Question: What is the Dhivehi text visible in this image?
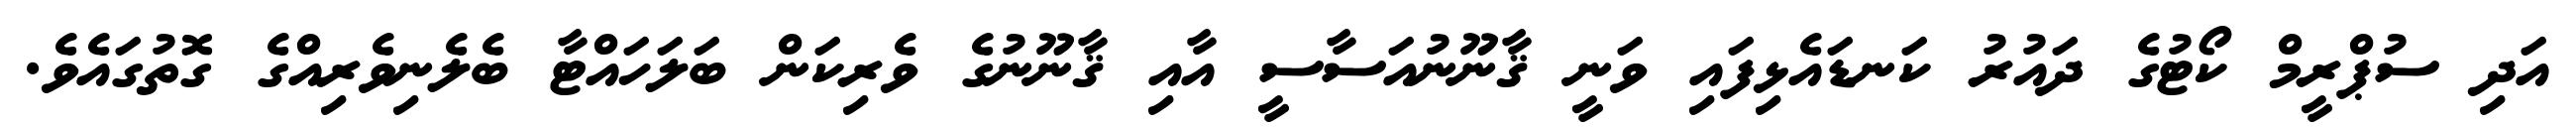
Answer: އަދި ސުޕްރީމް ކޯޓުގެ ދައުރު ކަނޑައެޅިފައި ވަނީ ޤާނޫނުއަސާސީ އާއި ޤާނޫނުގެ ވެރިކަން ބަލަހައްޓާ ބެލެނިވެރިއްގެ ގޮތުގައެވެ.